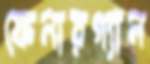
ফেনারগ্যান